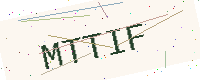
Text: MTTIF